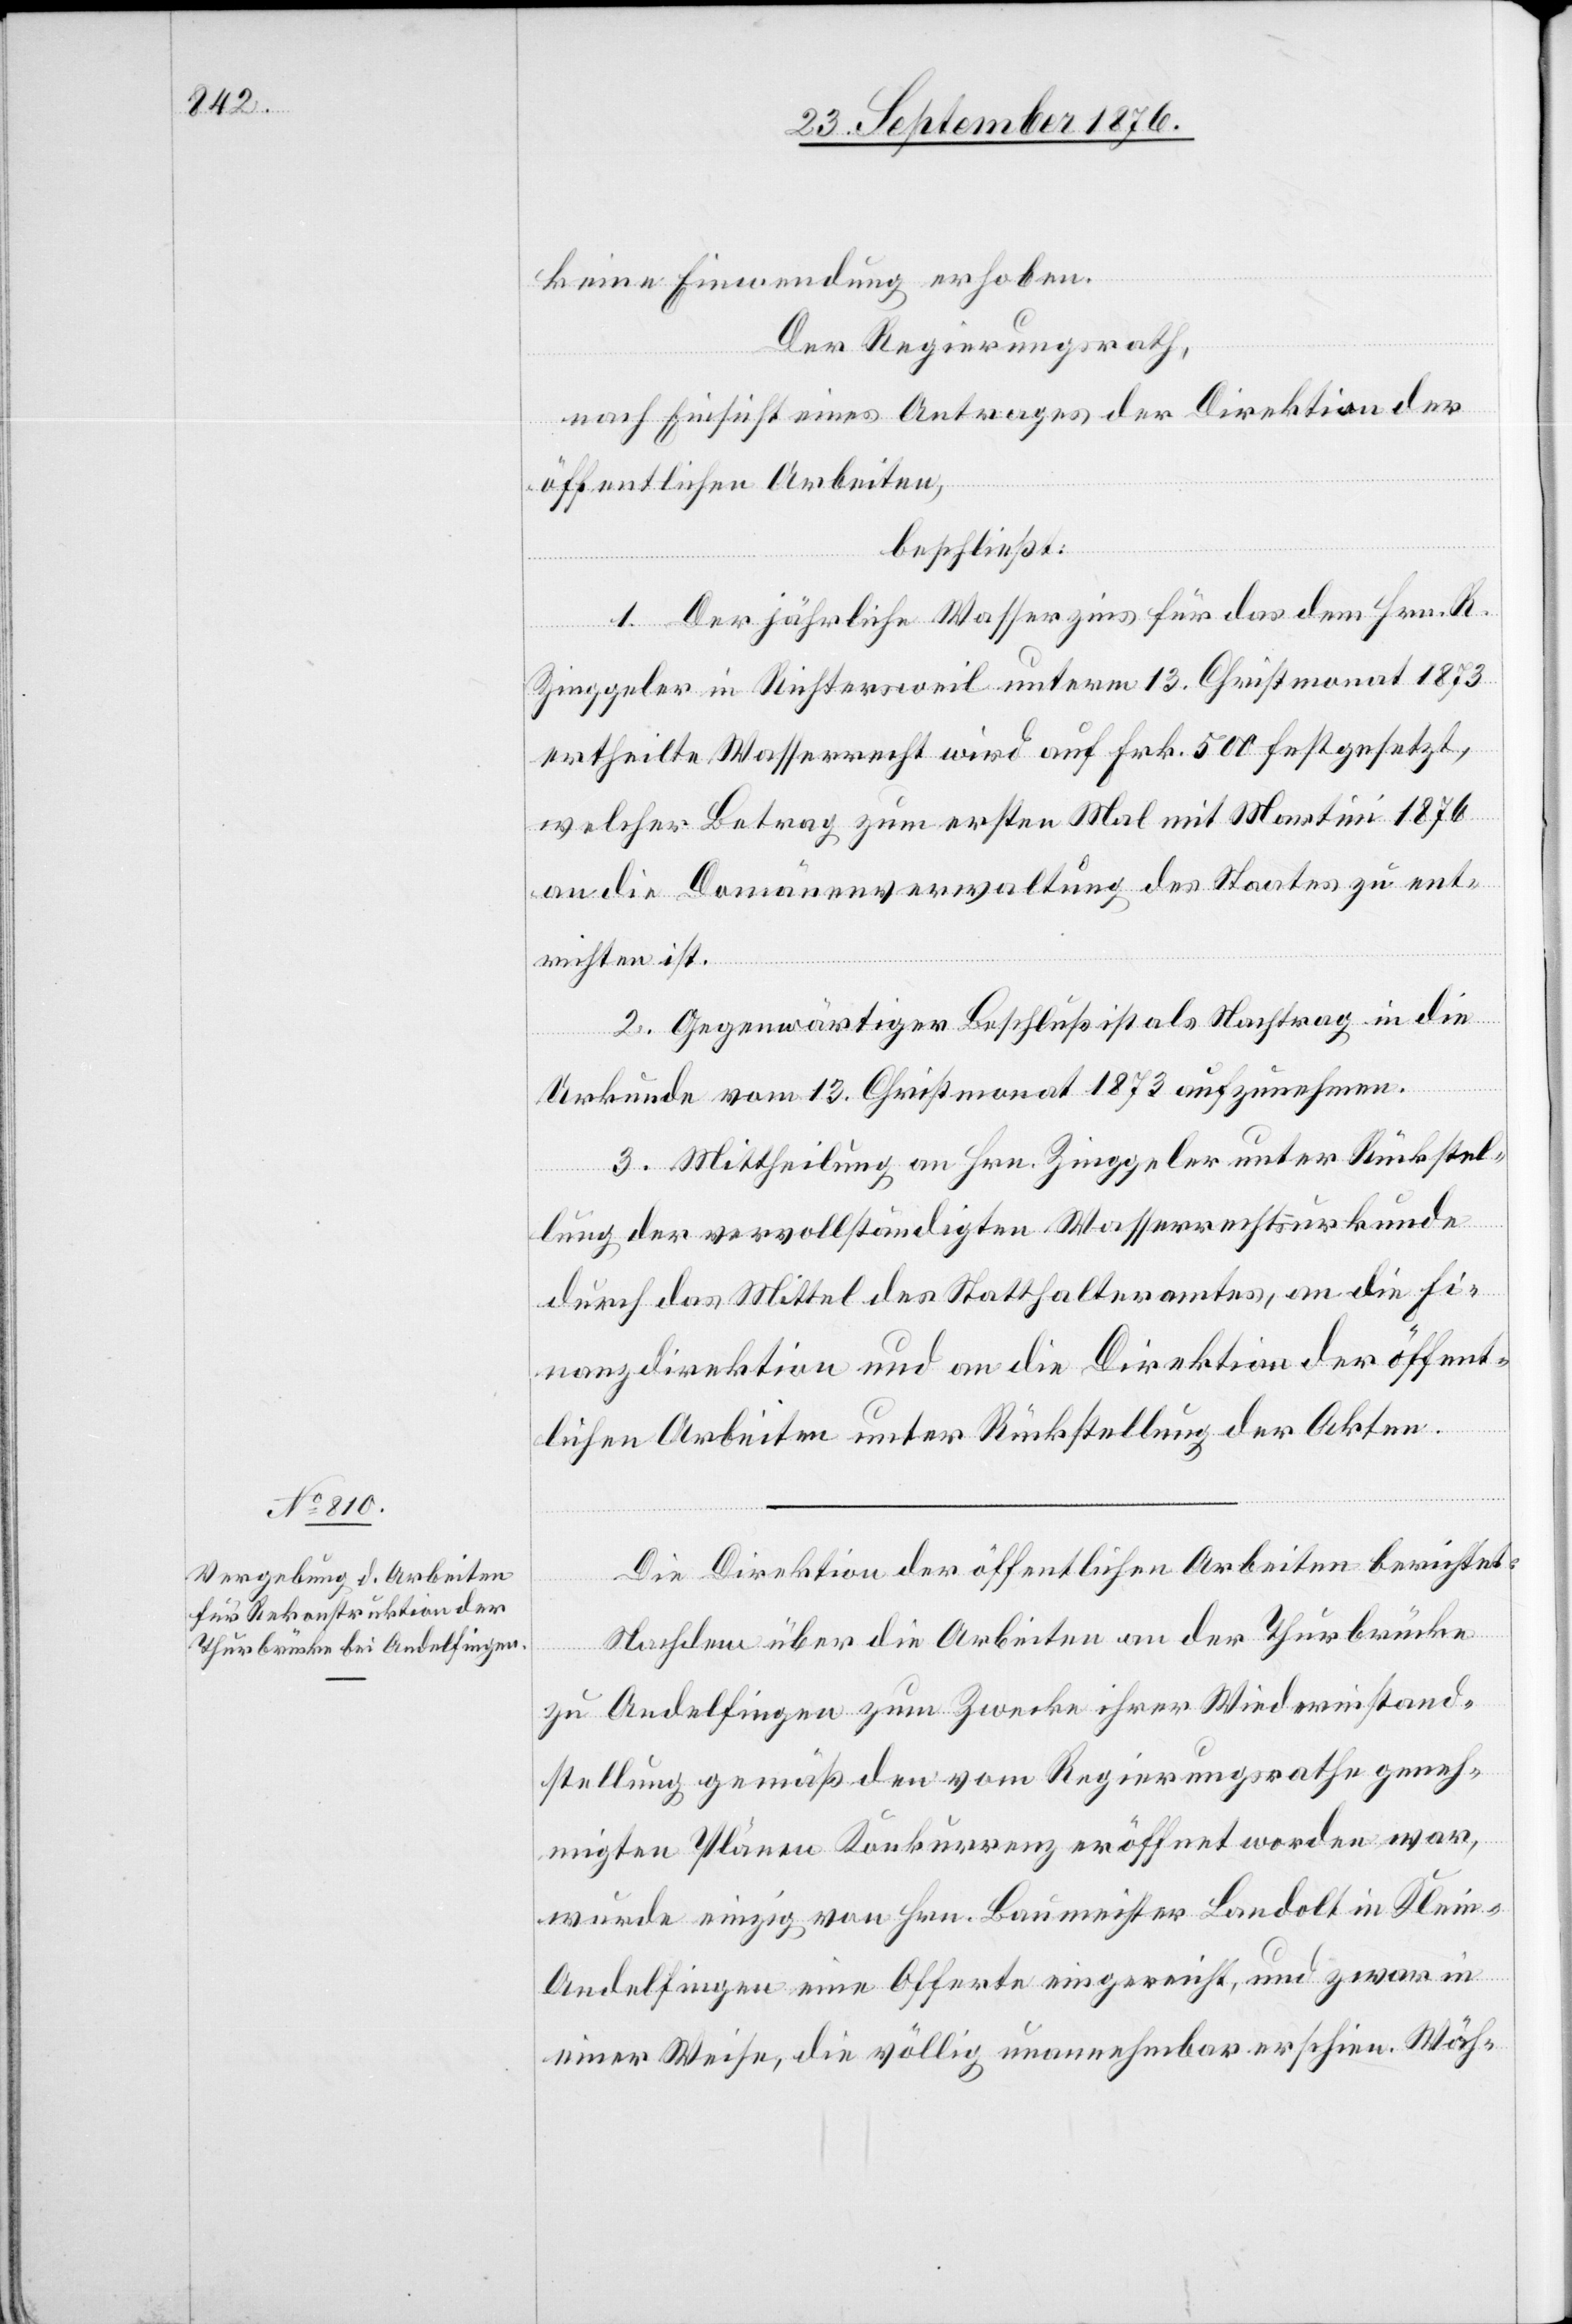
keine Einwendung erhoben.
Der Regierungsrath,
nach Einsicht eines Antrages der Direktion der
öffentlichen Arbeiten,
beschließt:
1. Der jährliche Wasserzins für das dem Hrn. R.
Zinggeler in Richtersweil unterm 13. Christmonat 1873
ertheilte Wasserrecht wird auf Frk. 500 festgesetzt,
welcher Betrag zum ersten Mal mit Martini 1876
an die Domänenverwaltung des Staates zu ent¬
richten ist.
2. Gegenwärtiger Beschluß ist als Nachtrag in die
Urkunde vom 13. Christmonat 1873 aufzunehmen.
3. Mittheilung an Hrn. Zinggeler unter Rückstel¬
lung der vervollständigten Wasserrechtsurkunde
durch das Mittel des Statthalteramtes, an die Fi¬
nanzdirektion und an die Direktion der öffent¬
lichen Arbeiten unter Rückstellung der Akten.
Die Direktion der öffentlichen Arbeiten berichtet:
Nachdem über die Arbeiten an der Thurbrücke
zu Andelfingen zum Zwecke ihrer Widerstand¬
stellung gemäß den vom Regierungsrathe geneh¬
migten Plänen Konkurrenz eröffnet worden war,
wurde einzig von Hrn. Baumeister Landolt in Klei¬
n-Andelfingen eine Offerte eingereicht, und zwar in
einer Weise, die völlig unannehmbar erschien. Wäh-